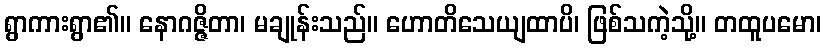
ရွာကားရွာ၏။ နောဂဇ္ဇိတာ၊ မချုန်းသည်။ ဟောတိသေယျထာပိ၊ ဖြစ်သကဲ့သို့။ တထူပမော၊